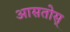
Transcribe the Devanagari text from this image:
आसतोस्